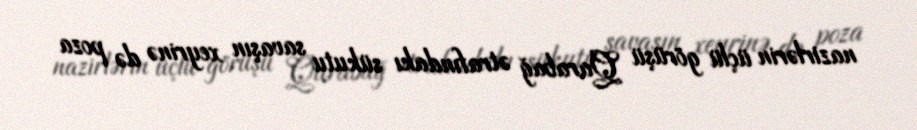
nazirlərin üçlü görüşü Qarabağ ətrafındakı sükutu savaşın xeyrinə də poza